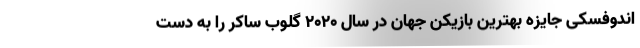
اندوفسکی جایزه بهترین بازیکن جهان در سال ۲۰۲۰ گلوب ساکر را به دست